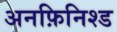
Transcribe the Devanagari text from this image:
अनफ़िनिश्ड